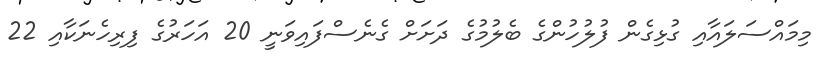
މިމައްސަލައާއި ގުޅިގެން ފުލުހުންގެ ބެލުމުގެ ދަށަށް ގެނެސްފައިވަނީ 20 އަހަރުގެ ފިރިހެނަކާއި 22